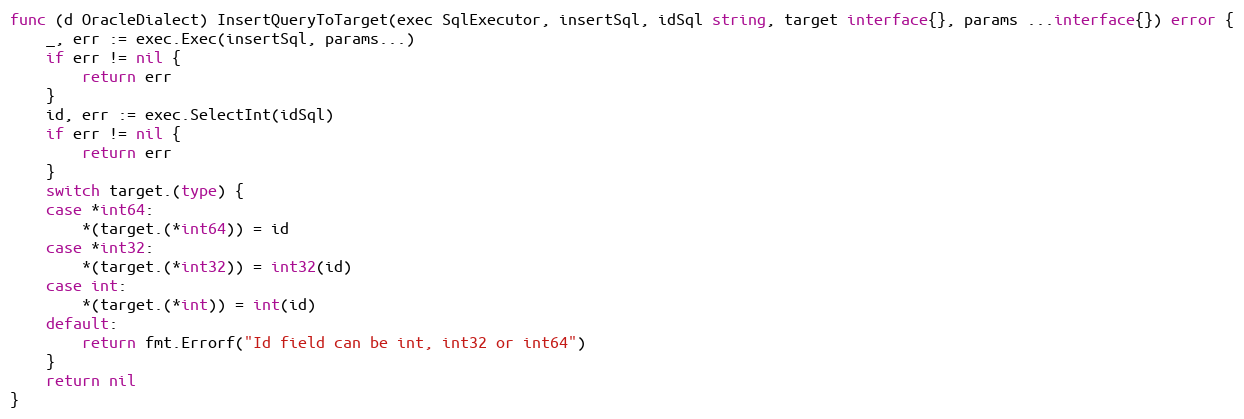
Language: Go
func (d OracleDialect) InsertQueryToTarget(exec SqlExecutor, insertSql, idSql string, target interface{}, params ...interface{}) error {
	_, err := exec.Exec(insertSql, params...)
	if err != nil {
		return err
	}
	id, err := exec.SelectInt(idSql)
	if err != nil {
		return err
	}
	switch target.(type) {
	case *int64:
		*(target.(*int64)) = id
	case *int32:
		*(target.(*int32)) = int32(id)
	case int:
		*(target.(*int)) = int(id)
	default:
		return fmt.Errorf("Id field can be int, int32 or int64")
	}
	return nil
}